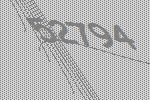
52794